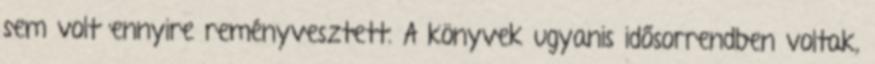
sem volt ennyire reményvesztett. A könyvek ugyanis idősorrendben voltak,